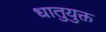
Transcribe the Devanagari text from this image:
धातुयुक्त